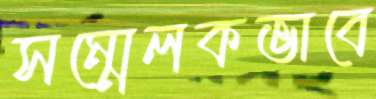
সম্মেলকভাবে